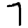
Digit: 7